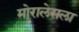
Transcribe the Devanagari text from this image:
मोरालेसला